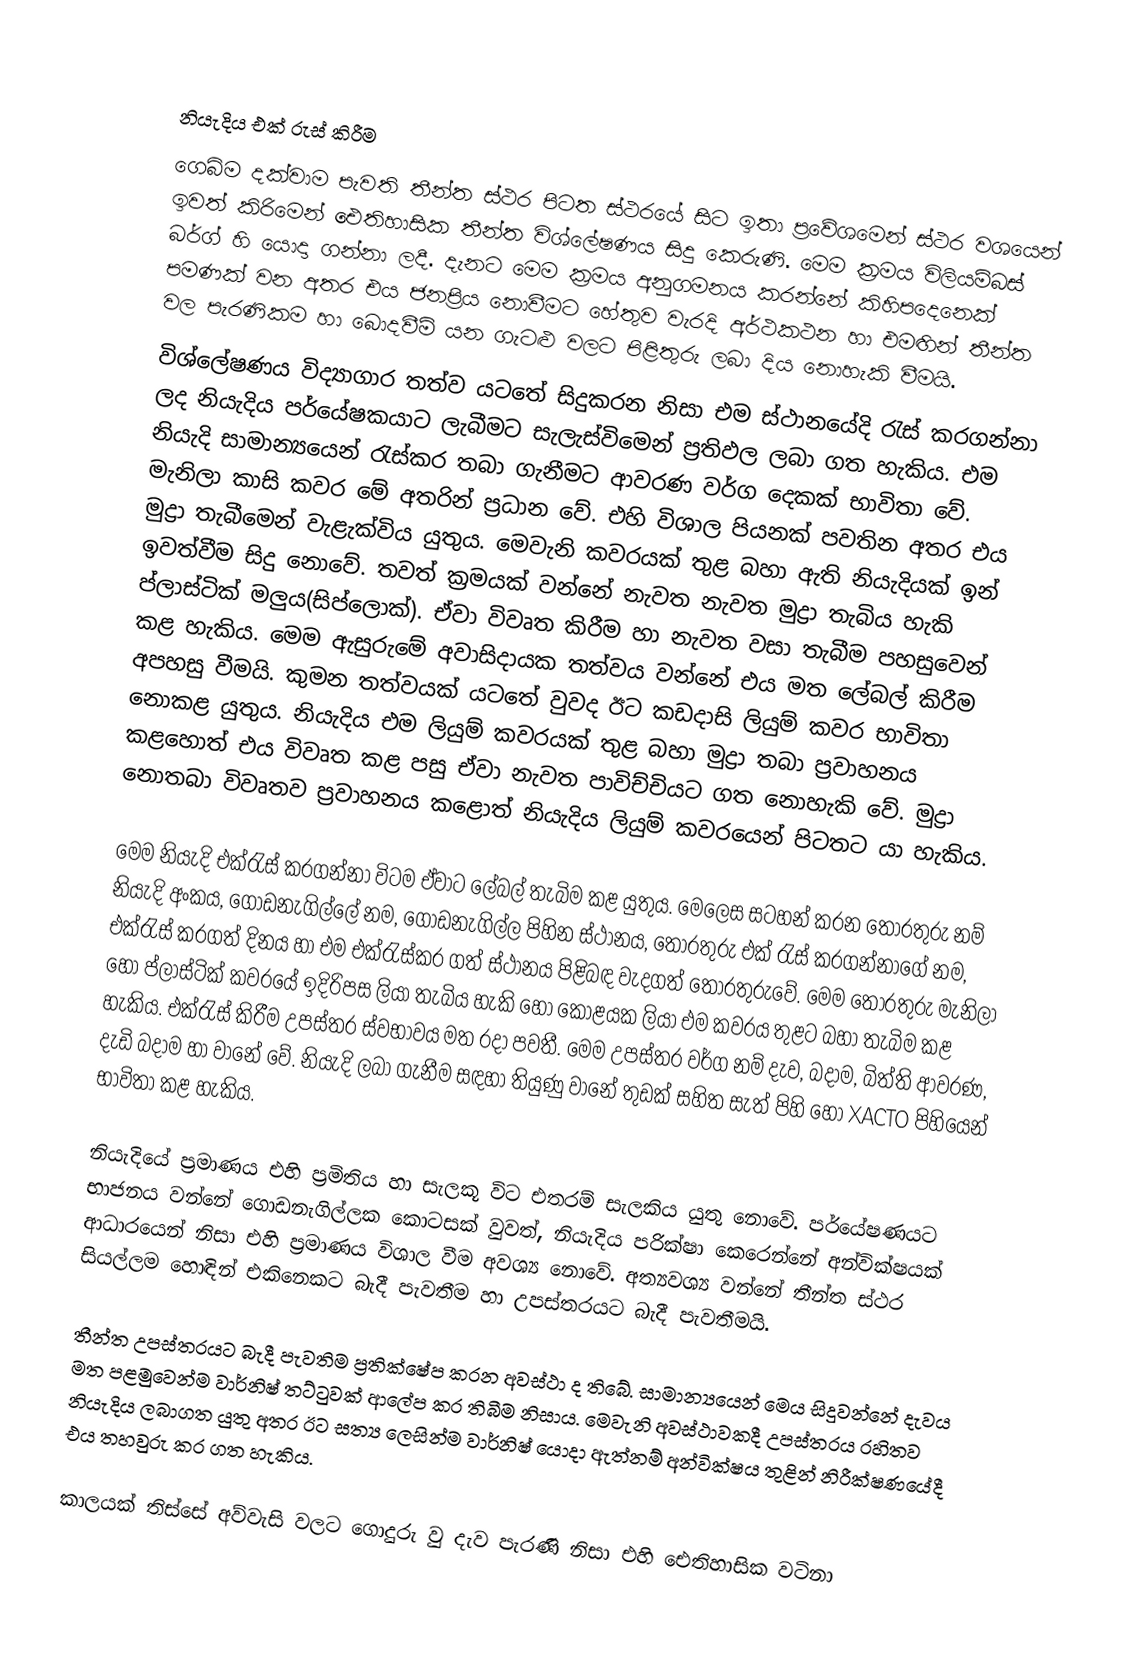

නියැදිය එක් රුස් කිරීම
ගෙබිම දක්වාම පැවති තීන්ත ස්ථර පිටත ස්ථරයේ සිට ඉතා ප්‍රවේශමෙන් ස්ථර වශයෙන් ඉවත් කිරිමෙන් ඓතිහාසික තීන්ත විශ්ලේෂණය සිදු කෙරුණි. මෙම ක්‍රමය විලියම්බස් බර්ග් හි යොදා ගන්නා ලදී. දැනට මෙම ක්‍රමය අනුගමනය කරන්නේ කිහිපදෙනෙක් පමණක් වන අතර එය ජනප්‍රිය නොවීමට හේතුව වැරදි අර්ථකථන හා එමඟින් තීන්ත වල පැරණිකම හා බොදවීම් යන ගැටළු වලට පිළිතුරු ලබා දිය නොහැකි වීමයි.
විශ්ලේෂණය විද්‍යාගාර තත්ව යටතේ සිදුකරන නිසා එම ස්ථානයේදි රැස් කරගන්නා ලද නියැදිය පර්යේෂකයාට ලැබීමට සැලැස්විමෙන් ප්‍රතිඵල ලබා ගත හැකිය. එම නියැදි සාමාන්‍යයෙන් රැස්කර තබා ගැනීමට ආවරණ වර්ග දෙකක් භාවිතා වේ. ‍මැනිලා කාසි කවර මේ අතරින් ප්‍රධාන වේ. එහි විශාල පියනක් පවතින අතර එය මුද්‍රා තැබීමෙන් වැළැක්විය යුතුය. මෙවැනි කවරයක් තුළ බහා ඇති නියැදියක් ඉන් ඉවත්වීම සිදු ‍නොවේ. තවත් ක්‍රමයක් වන්නේ නැවත නැවත මුද්‍රා තැබිය හැකි ප්ලාස්ටික් මලුය(සිප්ලොක්). ඒවා විවෘත කිරීම හා නැවත වසා තැබීම පහසුවෙන් කළ හැකිය. මෙම ඇසුරුමේ අවාසිදායක තත්වය වන්නේ එය මත ලේබල් කිරීම අපහසු වීමයි. කුමන තත්වයක් යටතේ වුවද ඊට කඩදාසි ලියුම් කවර භාවිතා නොකළ යුතුය. නියැදිය එම ලියුම් කවරයක් තුළ බහා මුද්‍රා තබා ප්‍රවාහනය කළහොත් එය විවෘත කළ පසු ඒවා නැවත පාවිච්චියට ගත නොහැකි වේ. මුද්‍රා නොතබා විවෘතව ප්‍රවාහනය කළොත් නියැදිය ලියුම් කවරයෙන් පිටතට යා හැකිය.

මෙම නියැදි එක්රැස් කරගන්නා විටම ඒවාට ලේබල් තැබිම කළ යුතුය. මෙලෙස සටහන් කරන තොරතුරු නම් නියැදි අංකය, ගොඩනැගිල්ලේ නම, ගොඩනැගිල්ල පිහින ස්ථානය, තොරතුරු එක් රැස් කරගන්නාගේ නම, එක්රැස් කරගත් දිනය හා එම එක්රැස්කර ගත් ස්ථානය පිළිබඳ වැදගත් තොරතුරුවේ. මෙම තොරතුරු මැනිලා හෝ ප්ලාස්ටික් කවරයේ ඉදිරිපස ලියා තැබිය හැකි හෝ කොළයක ලියා එම කවරය තුළට බහා තැබිම කළ හැකිය. එක්රැස් කිරීම උපස්තර ස්වභාවය මත රදා පවතී. මෙම උපස්තර වර්ග නම් දැව, බදාම, බිත්ති ආවරණ, දැඩි බදාම හා වානේ වේ. නියැදි ලබා ගැනීම සඳහා තියුණු වානේ තුඩක් සහිත සැත් පිහි හෝ XACTO පිහියෙන් භාවිතා කළ හැකිය.

නියැදියේ ප්‍රමාණය එහි ප්‍රමිතිය හා සැලකූ විට එතරම් සැලකිය යුතු නොවේ. පර්යේෂණයට භාජනය වන්නේ ගොඩනැගිල්ලක කොටසක් වුවත්, නියැදිය පරික්ෂා කෙරෙන්නේ අන්වික්ෂයක් ආධාරයෙන් නිසා එහි ප්‍රමාණය විශාල වීම අවශ්‍ය නොවේ. අත්‍යවශ්‍ය වන්නේ තීන්ත ස්ථර සියල්ලම හොඳින් එකිනෙකට බැදී පැවතීම හා උපස්තරයට බැදී පැවතීමයි.

තීන්ත උපස්තරයට බැදී පැවතිම ප්‍රතික්ෂේප කරන අවස්ථා ද තිබේ. සාමාන්‍යයෙන් මෙය සිදුවන්නේ දැවය මත පළමුවෙන්ම වාර්නිෂ් තට්ටුවක් ආලේප කර තිබීම නිසාය. මෙවැනි අවස්ථාවකදී උපස්තරය රහිතව නියැදිය ලබාගත යුතු අතර ඊට සත්‍ය ලෙසින්ම වාර්නිෂ් යොදා ඇත්නම් අන්වික්ෂය තුළින් නිරීක්ෂණයේදී එය තහවුරු කර ගත හැකිය.

කාලයක් තිස්සේ අව්වැසි ‍වලට ගොදුරු වු දැව පැරණි නිසා එහි ඓතිහාසික වටිනා